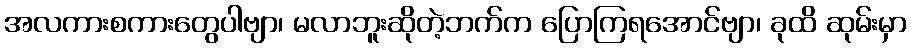
အလကားစကားတွေပါဗျာ၊ မလာဘူးဆိုတဲ့ဘက်က ပြောကြရအောင်ဗျာ၊ ခုထိ ဆုမ်းမှာ